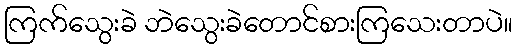
ကြက်သွေးခဲ ဘဲသွေးခဲတောင်စားကြသေးတာပဲ။